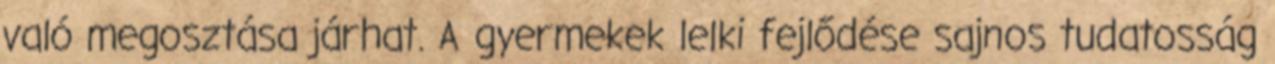
való megosztása járhat. A gyermekek lelki fejlődése sajnos tudatosság